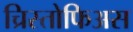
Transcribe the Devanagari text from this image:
च्रिस्तोफिअस